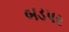
બડપર